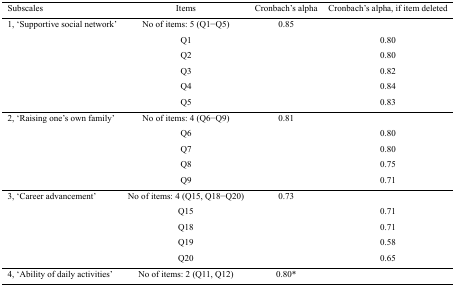
<table><thead><tr><td><b>Subscales</b></td><td><b>Items</b></td><td><b>Cronbach’s alpha</b></td><td><b>Cronbach’s alpha, if item deleted</b></td></tr></thead><tbody><tr><td>1, ‘Supportive social network’</td><td>No of items: 5 (Q1−Q5)</td><td>0.85</td><td></td></tr><tr><td></td><td>Q1</td><td></td><td>0.80</td></tr><tr><td></td><td>Q2</td><td></td><td>0.80</td></tr><tr><td></td><td>Q3</td><td></td><td>0.82</td></tr><tr><td></td><td>Q4</td><td></td><td>0.84</td></tr><tr><td></td><td>Q5</td><td></td><td>0.83</td></tr><tr><td>2, ‘Raising one’s own family’</td><td>No of items: 4 (Q6−Q9)</td><td>0.81</td><td></td></tr><tr><td></td><td>Q6</td><td></td><td>0.80</td></tr><tr><td></td><td>Q7</td><td></td><td>0.80</td></tr><tr><td></td><td>Q8</td><td></td><td>0.75</td></tr><tr><td></td><td>Q9</td><td></td><td>0.71</td></tr><tr><td>3, ‘Career advancement’</td><td>No of items: 4 (Q15, Q18−Q20)</td><td>0.73</td><td></td></tr><tr><td></td><td>Q15</td><td></td><td>0.71</td></tr><tr><td></td><td>Q18</td><td></td><td>0.71</td></tr><tr><td></td><td>Q19</td><td></td><td>0.58</td></tr><tr><td></td><td>Q20</td><td></td><td>0.65</td></tr><tr><td>4, ‘Ability of daily activities’</td><td>No of items: 2 (Q11, Q12)</td><td>0.80*</td><td></td></tr></tbody></table>